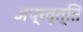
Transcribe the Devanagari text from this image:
अप्रवृत्ति